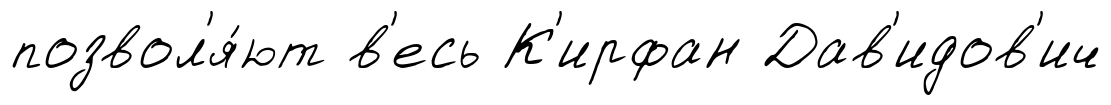
позвол'я́ют в'есь К'ирфан Дав'идов'ич